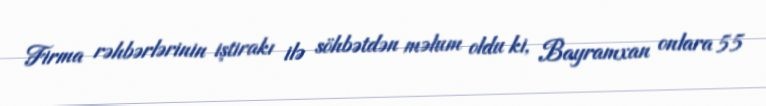
Firma rəhbərlərinin iştirakı ilə söhbətdən məlum oldu ki, Bayramxan onlara 55